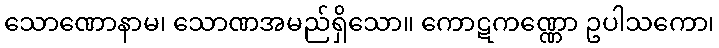
သောဏောနာမ၊ သောဏအမည်ရှိသော။ ကောဋကဏ္ဏော ဥပါသကော၊